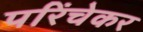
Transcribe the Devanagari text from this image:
परिंचेकर